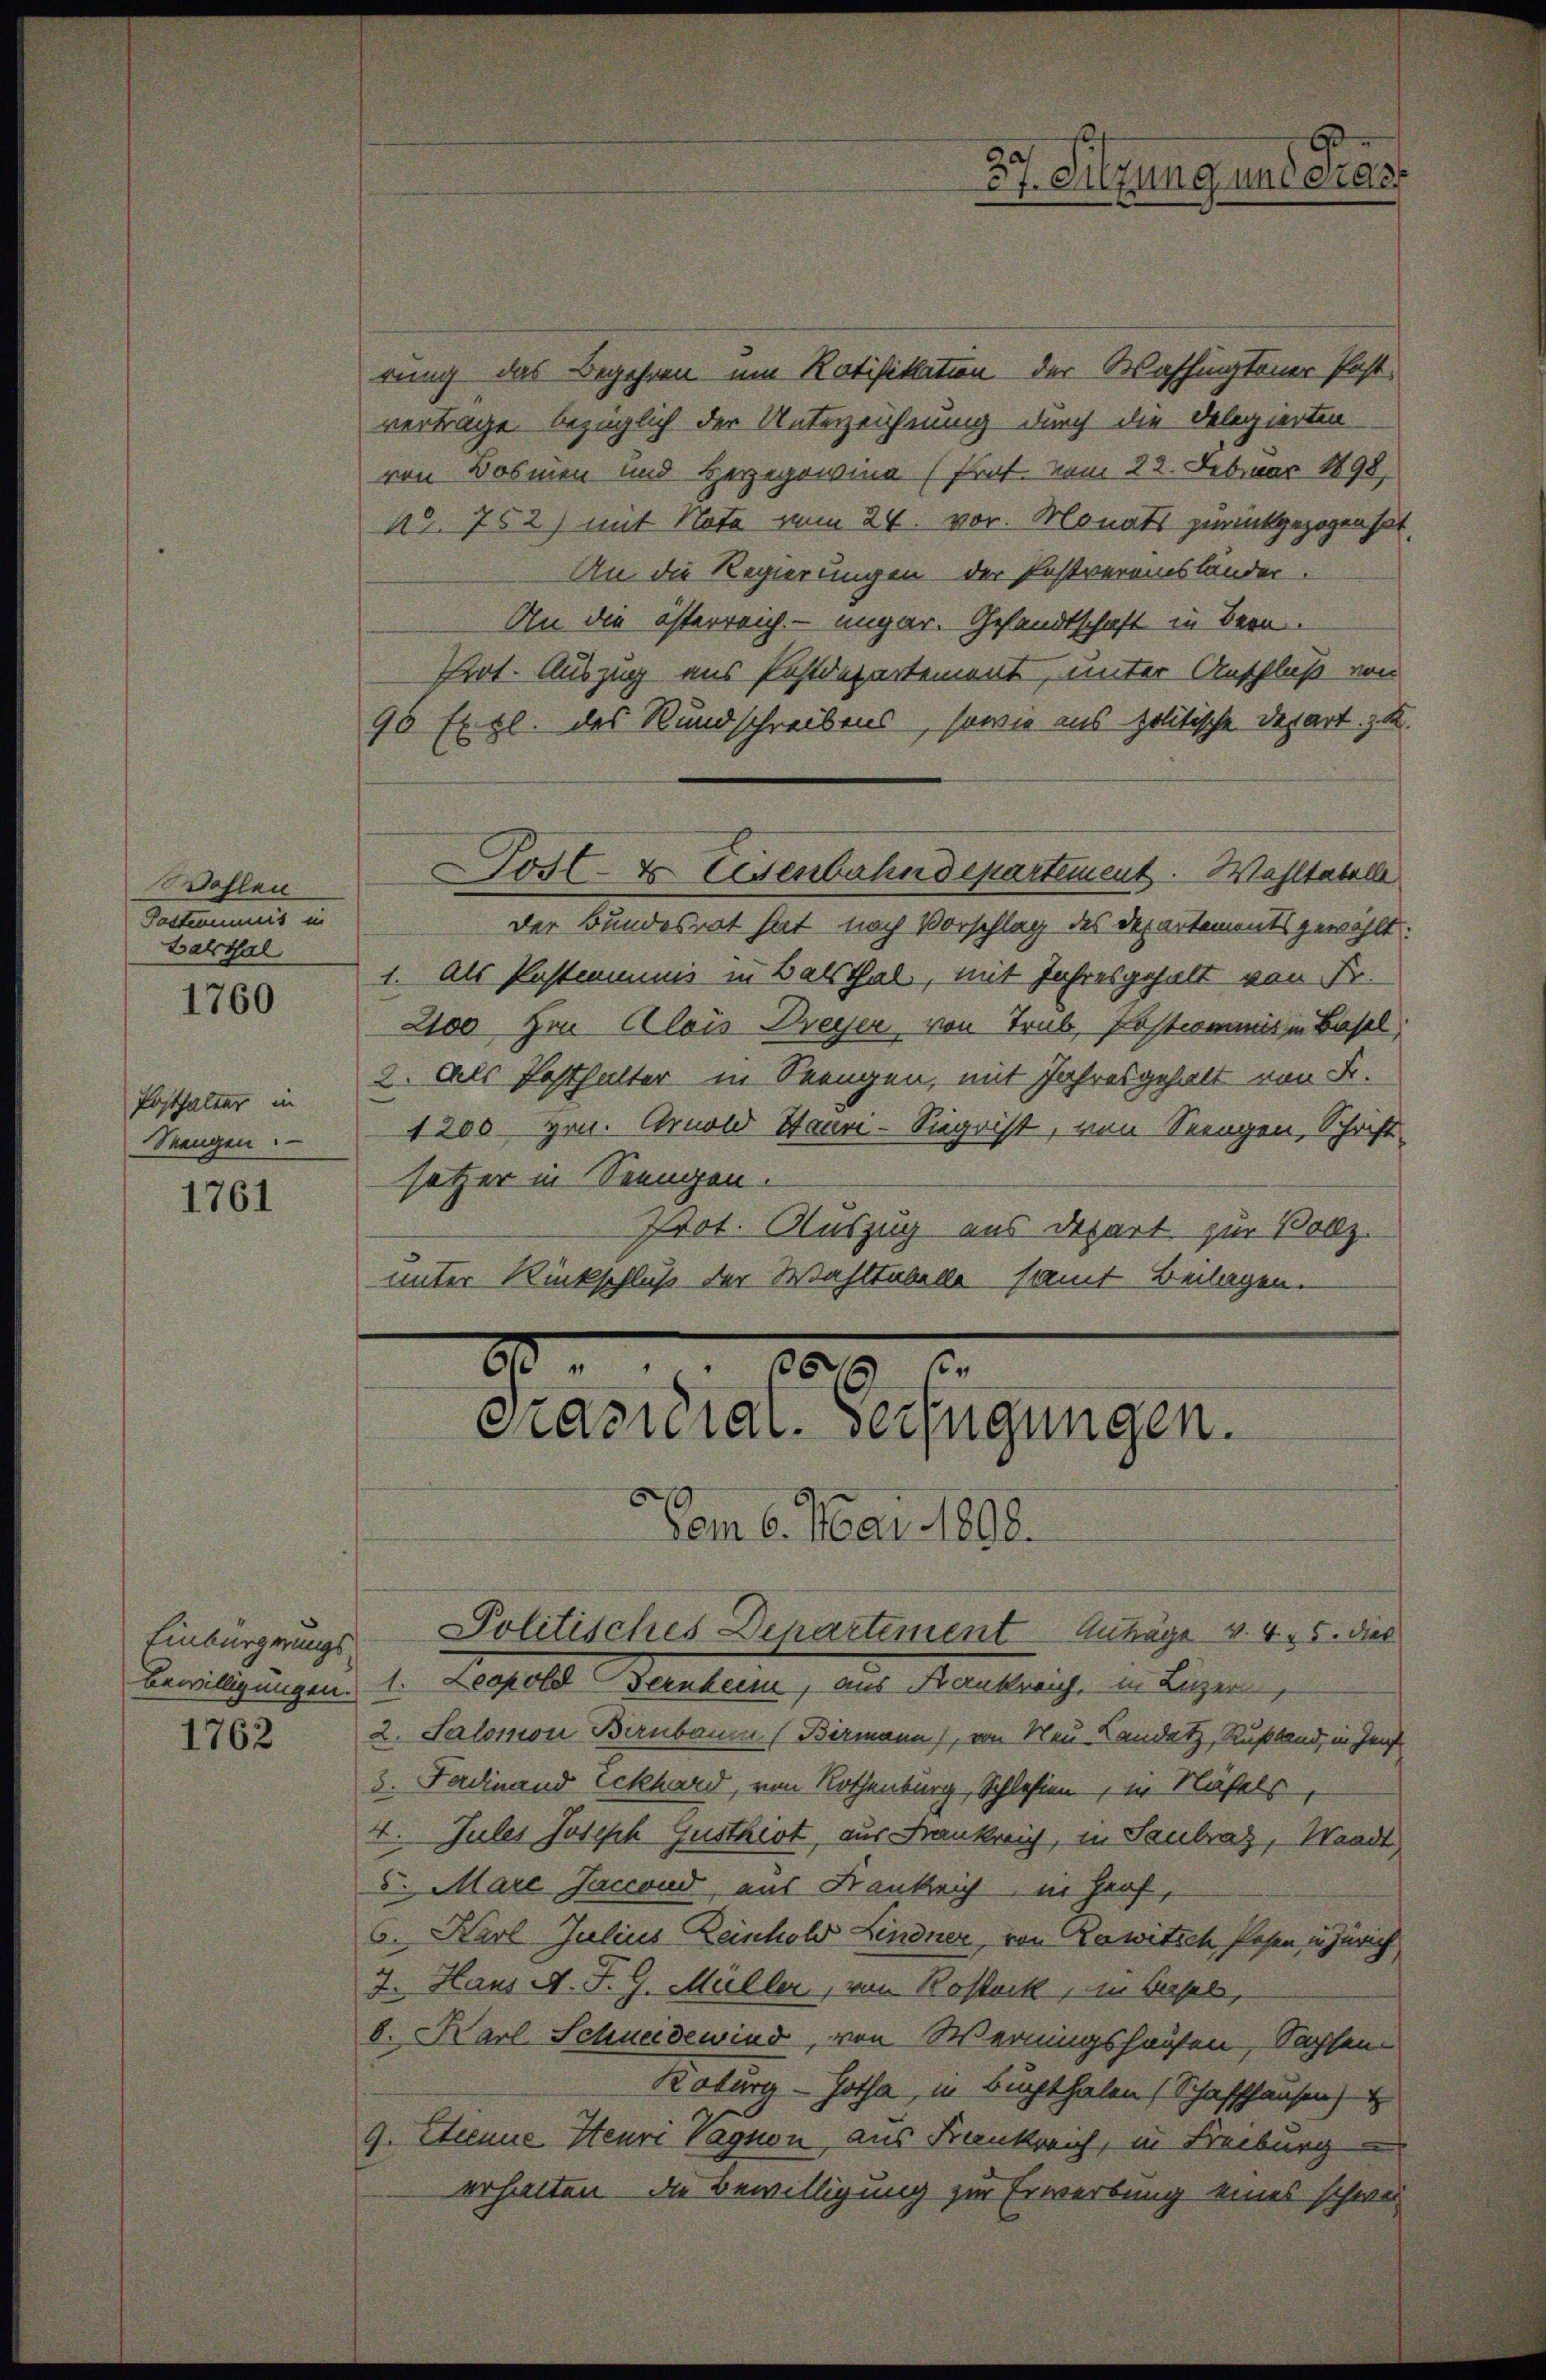
Wohlen
Pastcommis in
Balthal

1760

Posthalter in
Sengen.

1761

1762

rung das Begehren um Ratifikation der Washingtener Post
vertrage bezüglich der Unterzeichnung durch die Delegierten
von Bosmen und Herzegowina (Prof. vom 22. Februar 1898,
N°. 752) mit Note zum 24. vor. Monats zurückgezogen hat,
An die Regierungen der Postvereinsländer.
An die österreich- ungar. Gesandtschaft in Bern.
Art. Auszug aus Postdepartement, unter Anschluß von
95 Exgl. des Rundschreibens, sowie aus politische Depart zu.
ost- & Eisenbahndepartement. Wohltabelle
Der Bundesrat hat nach Vorschlag des Departementsgewählt:
1. Als Postimmunis in Balsthal, mit Jahresgehalt von Fr.
2100 zu Alois Dreyer von Trüb, Postcommit in Basel
2. Als Posthalter in Seengen, mit Jahresgehalt von Fr.
1200 Hrn. Arnold Staun-Siegrist, von Seengen, Schrift
setzer in Seengen.
Prot. Auszug aus Depart zur Vollz
unter Rückschluß der Wahltabelle samt Beilagen.

0.
6 6
casteral-Verfügungen.

Aam 6. Mai 1898.
Bewilligungen. 1. Leopold Bernheim, aus Frankreich, in Luzer
2. Salomon Birnbaum (Bermann), von Neu Landatz, Rußland, in Zunft
3. Ferdinand Eckhard, von Rothenburg, Schlesien, in Näfels
4. Jules Joseph Gusthiot, aus Frankreich, in Saubraz, Waadt
5. Mare Saccond, aus Krankrich in Graf,
6. Karl Julius Reinhold Lindner, von Zawitsch Posen, in Zürich
7. Hans A. F. G. Müller, von Rosack, in Basel,
b. Karl Schneidewind, von Werningshausen, Sachsen¬
Roburg - Gotha, in Buchthalen (Schaffhausen,
9. Peene Steuri Vagnon aus Frankreich, in Freiburg
erhalten, die Bewilligung zur Erwerbung eines schwer

Einbürgerungs Politisches Departement Anträge v. 4. 5. dies

x
a
cf. Sitzung und eines